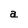
Character: a